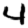
Digit: 4